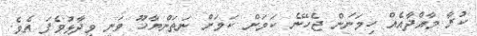
ކުރާ މާއްދާއެއް ހިމަނަން ޖެހޭނެ ކަމަށް ކަމަށް ނަތަންޔާހޫ ވަނީ ވިދާޅުވެފަ އެވެ.